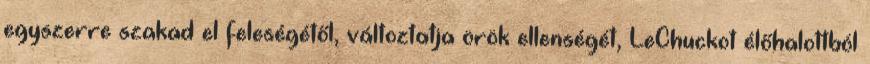
egyszerre szakad el feleségétől, változtatja örök ellenségét, LeChuckot élőhalottból